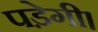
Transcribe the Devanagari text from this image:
पडे़गी।